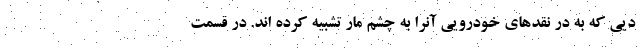
دیی که به در نقدهای خودرویی آنرا به چشم مار تشبیه کرده اند. در قسمت